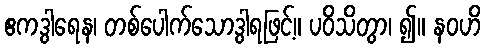
ဧကဒွါရေန၊ တစ်ပေါက်သောဒွါရဖြင့်။ ပဝိသိတွာ၊ ၍။ နဝဟိ